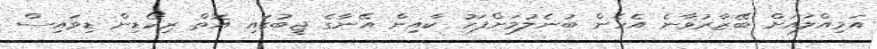
އަމިއްލައަށް ބޭޒާރުވާނެ އެހެން ބުނެލުމަށްފަހު ކާއިން އޭނާގެ ޖީބުގައި އޮތް ރިކޯޑިން ޑިވައިސް